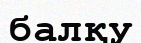
балқу